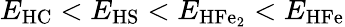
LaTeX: E_{\mathrm{HC}}<E_{\mathrm{HS}}<E_{\mathrm{HFe_{2}}}<E_{\mathrm{HFe}}